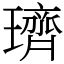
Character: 璾